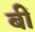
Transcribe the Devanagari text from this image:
बीं